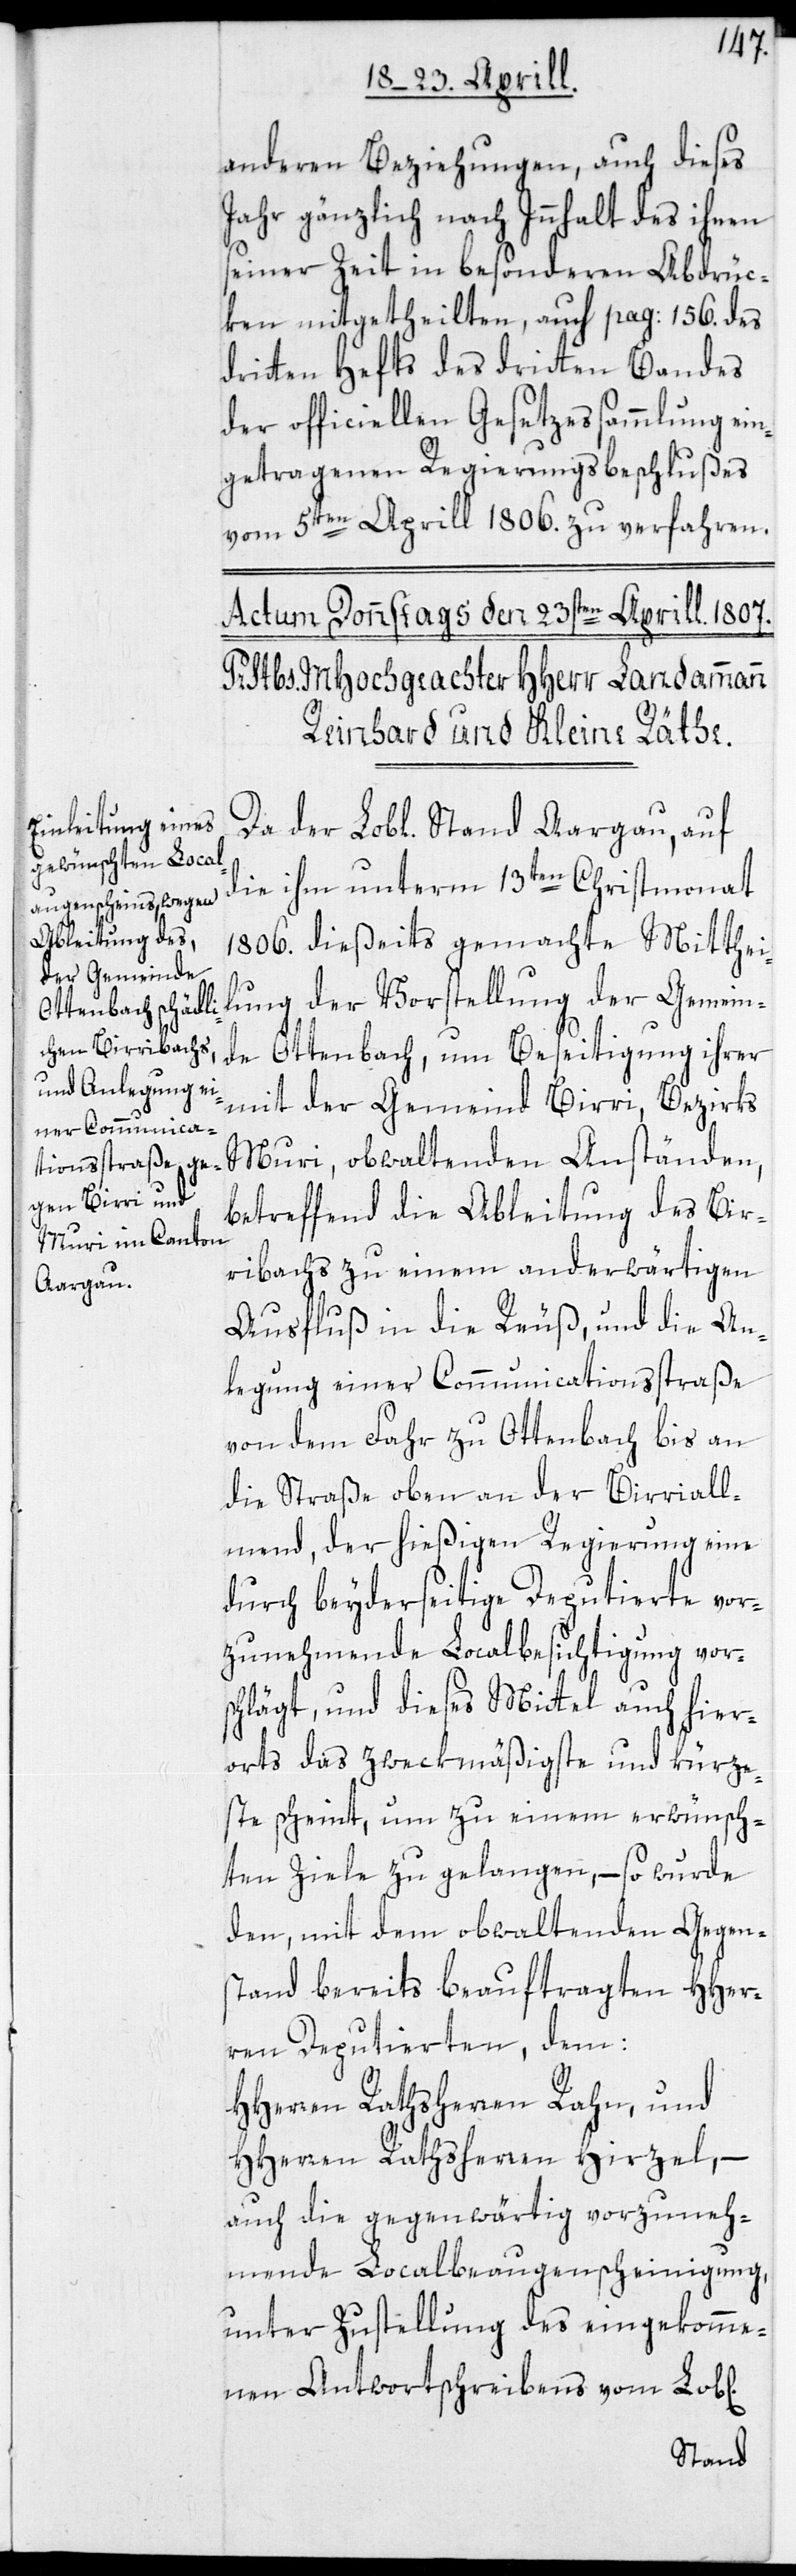
Aargau,

anderen Beziehungen, auch dieses
Jahr gänzlich nach Innhalt des ihnen
seiner Zeit in besonderen Abdrüc¬
ken mitgetheilten, auch pag: 156. des
dritten Hefts des dritten Bandes
der officiellen Gesetzessammlung ein¬
getragenen Regierungsbeschlußes
vom 5ten Aprill 1806. zu verfahren.
die ihm unterm 13ten Christmonat
1806. dießseits gemachte Mitthei¬
lung der Vorstellung der Gemein¬
de Ottenbach, um Beseitigung ihrer
mit der Gemeind Birri, Bezirks
Muri, obwaltenden Anständen,
betreffend die Ableitung des Bir¬
ribachs zu einem anderwärtigen
Ausfluß in die Reuß, und die An¬
legung einer Communicationsstraße
von dem Fahr zu Ottenbach bis an
die Straße oben an der Birriall¬
mend, der hießigen Regierung eine
durch beyderseitige Deputierte vor¬
zunehmende Localbesichtigung vor¬
schlägt, und dieses Mittel auch hier¬
orts das zweckmäßigste und kürze¬
ste scheint, um zu einem erwünsch¬
ten Ziele zu gelangen, – so wurde
den, mit dem obwaltenden Gegens¬
tand bereits beauftragten HHer¬
ren Deputierten, dem:
HHerren Rathsherren Rahn, und
HHerren Rathsherren Hirzel, –
auch die gegenwärtig vorzuneh¬
mende Localbeaugenscheinigung,
unter Zustellung des eingekomme¬
nen Antwortschreibens vom Lob[l¬
ichen]